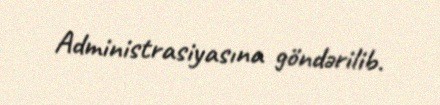
Administrasiyasına göndərilib.